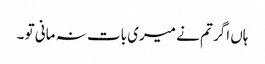
ہاں اگر تم نے میری بات نہ مانی تو ۔